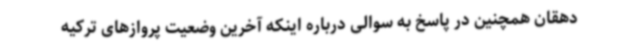
دهقان همچنین در پاسخ به سوالی درباره اینکه آخرین وضعیت پروازهای ترکیه